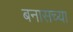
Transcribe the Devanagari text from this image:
बनासच्या